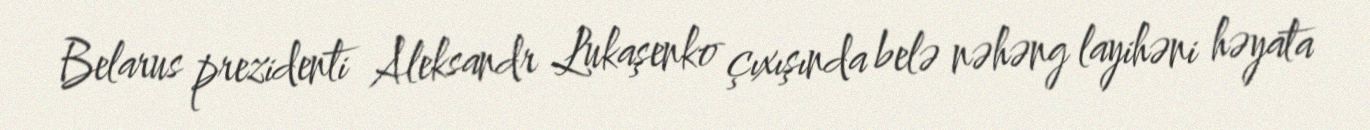
Belarus prezidenti Aleksandr Lukaşenko çıxışında belə nəhəng layihəni həyata